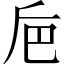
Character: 巵